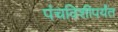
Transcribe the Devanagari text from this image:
पंचविशीपर्यंत